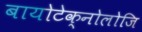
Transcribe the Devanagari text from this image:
बायोटेक्नोलोजि